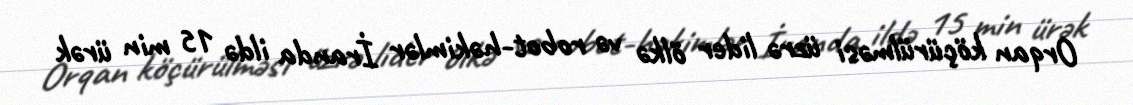
Orqan köçürülməsi üzrə lider ölkə və robot-həkimlər İranda ildə 15 min ürək